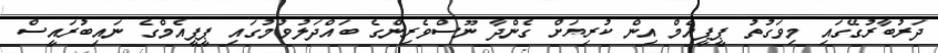
ދަރުބާރުގޭގައި މިވަގުތު ޕީޕީއެމް އިން ކުރިޔަށް ގެންދާ ނޫސްވެރިންގެ ބައްދަލުވުމުގައި ޕީޕީއެމްގެ ނައިބުރައީސް